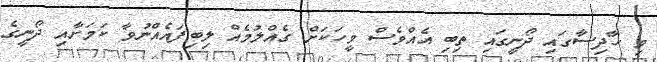
މި ހާދިސާގައި ދޯނީގައި ތިބި އެއްވެސް މީހަކަށް ގެއްލުމެއް ލިބިފައެއްނުވާ ކަމަށާއި ދޯނީގެ